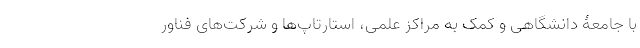
با جامعۀ دانشگاهی و کمک به مراکز علمی، استارتاپ‌ها و شرکت‌های فناور